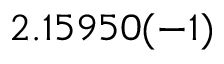
2 . 1 5 9 5 0 ( - 1 )